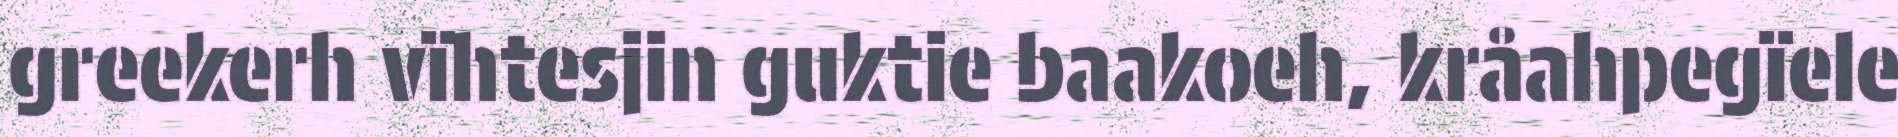
greekerh vïhtesjin guktie baakoeh, kråahpegïele